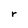
Character: r